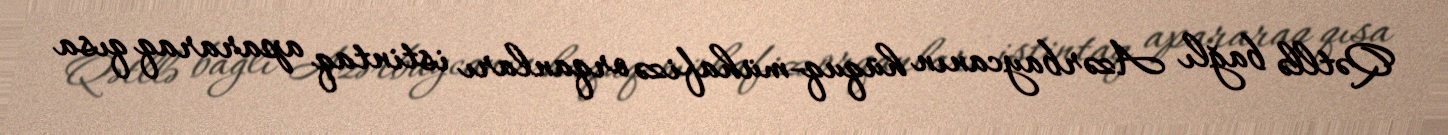
Qətllə bağlı Azərbaycanın hüquq-mühafizə orqanları istintaq apararaq qısa